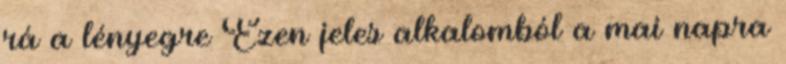
rá a lényegre Ezen jeles alkalomból a mai napra